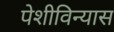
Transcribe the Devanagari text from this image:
पेशीविन्यास